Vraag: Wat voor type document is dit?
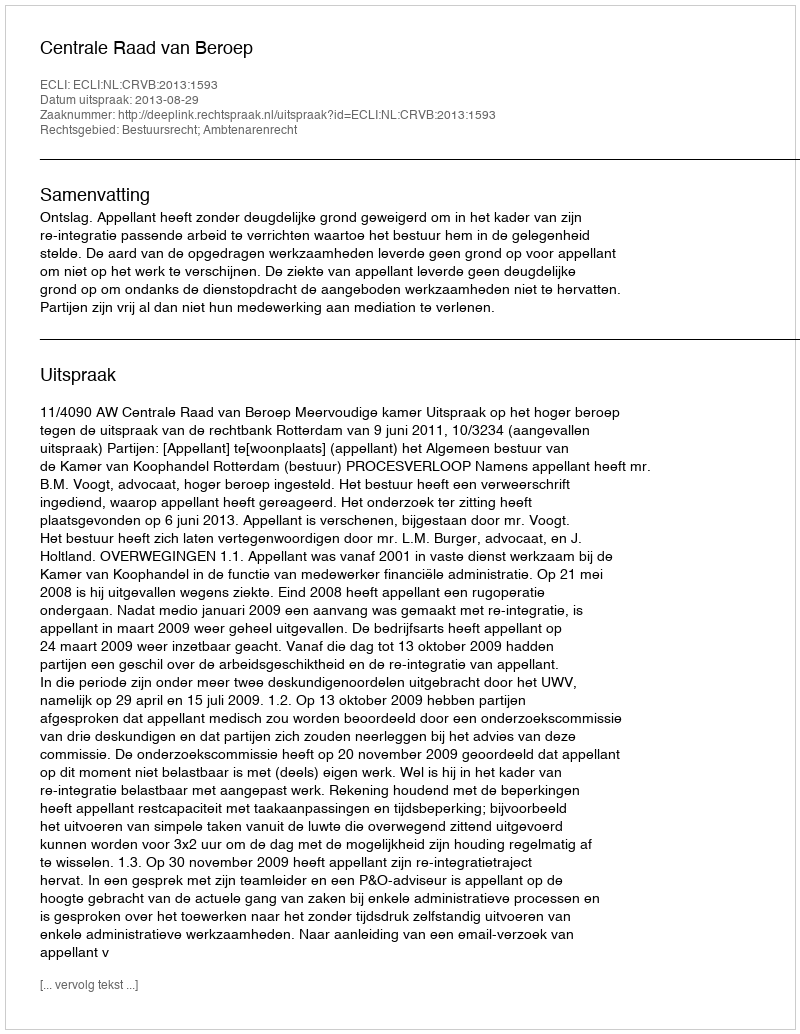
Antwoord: Uitspraak